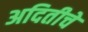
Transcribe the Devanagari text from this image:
अदितीचे